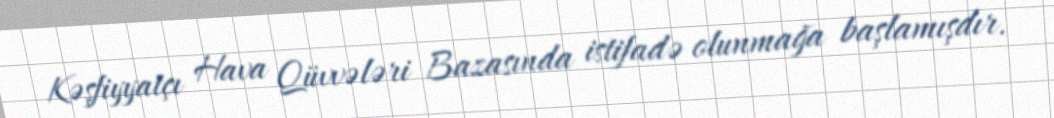
Kəşfiyyatçı Hava Qüvvələri Bazasında istifadə olunmağa başlamışdır.